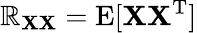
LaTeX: \operatorname{\mathbb{R}}_{\mathbf{{X}}\mathbf{{X}}}=\operatorname{E}[\mathbf{{X}}\mathbf{{X}}^{\mathrm{{{T}}}}]